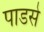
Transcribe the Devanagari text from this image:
पाडसे